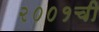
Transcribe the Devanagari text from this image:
२००१ची